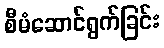
စီမံဆောင်ရွက်ခြင်း